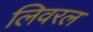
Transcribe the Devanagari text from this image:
लिवरल